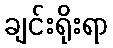
ချင်းရိုးရာ